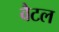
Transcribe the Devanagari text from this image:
वैटल